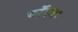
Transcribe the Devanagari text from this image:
वाॅइड